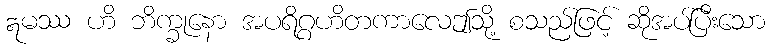
ဣမဿ ဟိ ဘိက္ခုနော အပရိဂ္ဂဟိတကာလေဤသို့ စသည်ဖြင့် ဆိုအပ်ပြီးသော